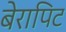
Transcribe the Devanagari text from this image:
बेरापिट